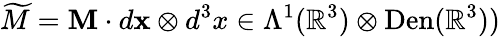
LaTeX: \widetilde{M}={\mathbf{M}}\cdot d{\mathbf{x}}\otimes d^{3}x\in\Lambda^{1}(\mathbb{R}^{3})\otimes\mathrm{Den}(\mathbb{R}^{3}))